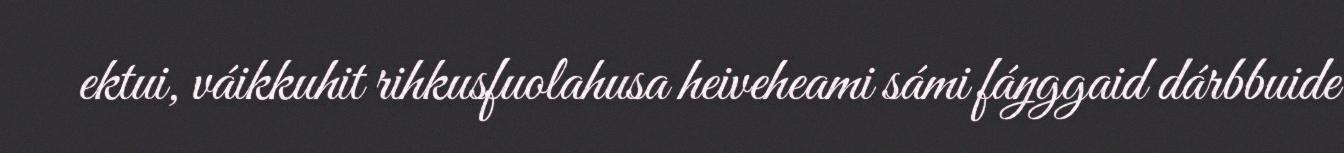
ektui, váikkuhit rihkusfuolahusa heiveheami sámi fáŋggaid dárbbuide